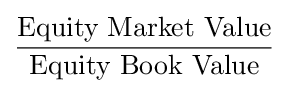
{\frac {\text{Equity Market Value}}{\text{Equity Book Value}}}